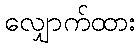
လျှောက်ထား